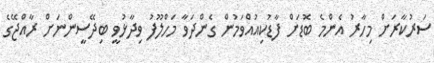
ސަރުކާރަށް މިހާރު އެންމެ ބޮޑަށް ފާޑުކިއުއްވަމުން ގެންދަވާ މަހްލޫފު ވިދާޅުވީ ބިދޭސީންނަށް ރާއްޖޭގެ